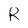
Character: R